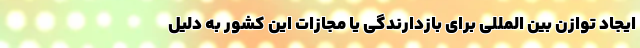
ایجاد توازن بین المللی برای بازدارندگی یا مجازات این کشور به دلیل